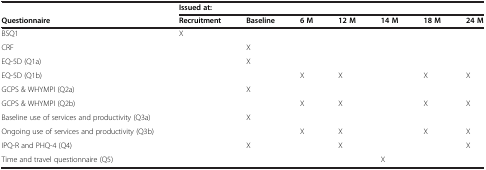
<table><thead><tr><td><b> </b></td><td colspan="7"><b>Issued at:</b></td></tr><tr><td><b>Questionnaire</b></td><td><b>Recruitment</b></td><td><b>Baseline</b></td><td><b>6 M</b></td><td><b>12 M</b></td><td><b>14 M</b></td><td><b>18 M</b></td><td><b>24 M</b></td></tr></thead><tbody><tr><td>BSQ1</td><td>X</td><td> </td><td> </td><td> </td><td> </td><td> </td><td> </td></tr><tr><td>CRF</td><td> </td><td>X</td><td> </td><td> </td><td> </td><td> </td><td> </td></tr><tr><td>EQ-5D (Q1a)</td><td> </td><td>X</td><td> </td><td> </td><td> </td><td> </td><td> </td></tr><tr><td>EQ-5D (Q1b)</td><td> </td><td> </td><td>X</td><td>X</td><td> </td><td>X</td><td>X</td></tr><tr><td>GCPS &amp; WHYMPI (Q2a)</td><td> </td><td>X</td><td> </td><td> </td><td> </td><td> </td><td> </td></tr><tr><td>GCPS &amp; WHYMPI (Q2b)</td><td> </td><td> </td><td>X</td><td>X</td><td> </td><td>X</td><td>X</td></tr><tr><td>Baseline use of services and productivity (Q3a)</td><td> </td><td>X</td><td> </td><td> </td><td> </td><td> </td><td> </td></tr><tr><td>Ongoing use of services and productivity (Q3b)</td><td> </td><td> </td><td>X</td><td>X</td><td> </td><td>X</td><td>X</td></tr><tr><td>IPQ-R and PHQ-4 (Q4)</td><td> </td><td>X</td><td> </td><td>X</td><td> </td><td> </td><td>X</td></tr><tr><td>Time and travel questionnaire (Q5)</td><td> </td><td> </td><td> </td><td> </td><td>X</td><td> </td><td> </td></tr></tbody></table>